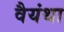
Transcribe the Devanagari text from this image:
वैयंथा